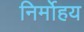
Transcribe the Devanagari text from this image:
निर्मोहय